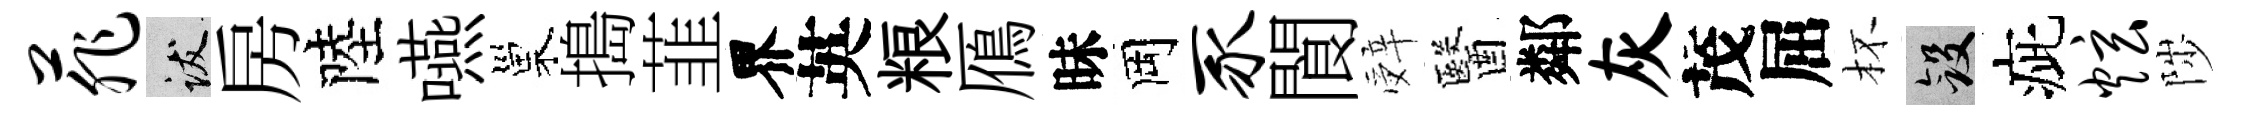
菲跋房陸嚥巢搗韮界英粮鴈昧岡豕閬辤醫鄰灰茂屈杯斂疵炫陟